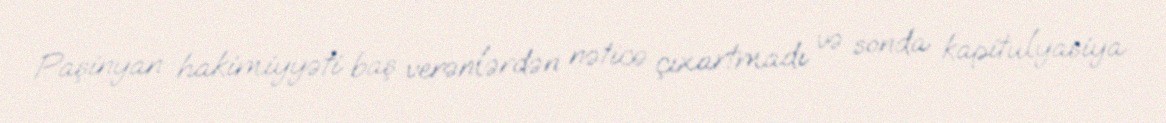
Paşinyan hakimiyyəti baş verənlərdən nəticə çıxartmadı və sonda kapitulyasiya